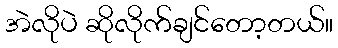
အဲလိုပဲ ဆိုလိုက်ချင်တော့တယ်။